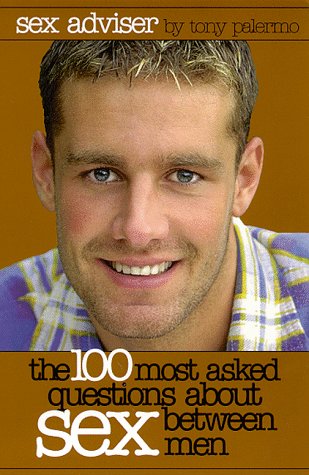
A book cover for Sex Adviser: The 100 Most Asked Questions About Sex Between Men; Tony Palermo; Gay & Lesbian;